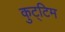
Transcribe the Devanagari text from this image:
कुट्‌टिम